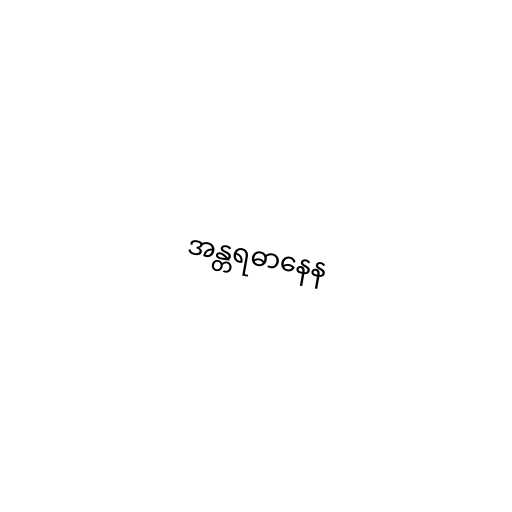
အန္တရဓာနေန